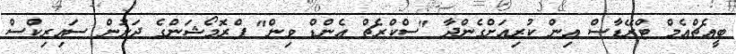
ބީއެޗްއެމް ޓްރޭޑާސް އިން ކުރިއަށްގެންދާ "ސްކްރެޗް އެންޑް ވިން" ޕްރޮމޯޝަންގެ ދަށުން ސައިރިކްސް